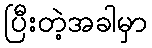
ပြီးတဲ့အခါမှာ